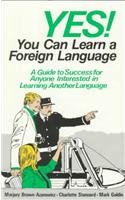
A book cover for Yes! You Can Learn a Foreign Language (Language - Professional Resources); Marjory Brown-Azarowicz; Travel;